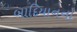
બાદિયાનનો